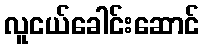
လူငယ်ခေါင်းဆောင်